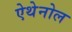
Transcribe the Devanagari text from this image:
ऐथेनोल